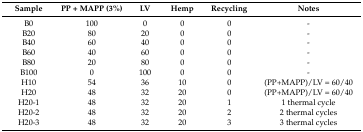
<table><thead><tr><td><b>Sample</b></td><td><b>PP + MAPP (3%)</b></td><td><b>LV</b></td><td><b>Hemp</b></td><td><b>Recycling</b></td><td><b>Notes</b></td></tr></thead><tbody><tr><td>B0 </td><td>100 </td><td>0</td><td>0</td><td>0</td><td>-</td></tr><tr><td>B20</td><td>80</td><td>20</td><td>0</td><td>0</td><td>-</td></tr><tr><td>B40</td><td>60</td><td>40</td><td>0</td><td>0</td><td>-</td></tr><tr><td>B60</td><td>40</td><td>60</td><td>0</td><td>0</td><td>-</td></tr><tr><td>B80</td><td>20</td><td>80</td><td>0</td><td>0</td><td>-</td></tr><tr><td>B100</td><td>0</td><td>100</td><td>0</td><td>0</td><td>-</td></tr><tr><td>H10</td><td>54</td><td>36</td><td>10</td><td>0</td><td>(PP+MAPP)/LV = 60/40</td></tr><tr><td>H20</td><td>48</td><td>32</td><td>20</td><td>0</td><td>(PP+MAPP)/LV = 60/40</td></tr><tr><td>H20-1</td><td>48</td><td>32</td><td>20</td><td>1</td><td>1 thermal cycle</td></tr><tr><td>H20-2</td><td>48</td><td>32</td><td>20</td><td>2</td><td>2 thermal cycles</td></tr><tr><td>H20-3</td><td>48</td><td>32</td><td>20</td><td>3</td><td>3 thermal cycles</td></tr></tbody></table>